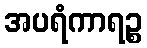
အပရံကာရဉ္စ